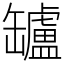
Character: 罏